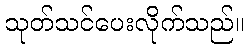
သုတ်သင်ပေးလိုက်သည်။